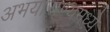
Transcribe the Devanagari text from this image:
अभयाराण्यमध्ये